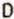
D